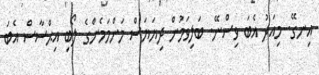
އިނގޭ. މިއަދު އެބަ ވިސްނޭ. ބަލިވަމުން ދިޔަޔަސް މަންމަމެންގެ ލޯބި އިޙްސާސް އެބަ